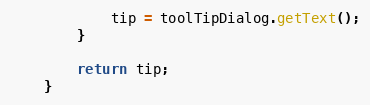
Language: Java
            tip = toolTipDialog.getText();
        }

        return tip;
    }